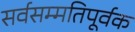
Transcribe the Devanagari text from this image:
सर्वसम्मतिपूर्वक